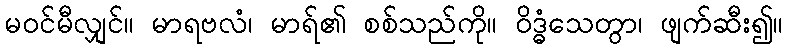
မဝင်မီလျှင်။ မာရဗလံ၊ မာရ်၏ စစ်သည်ကို။ ဝိဒ္ဓံသေတွာ၊ ဖျက်ဆီး၍။